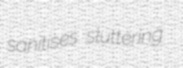
sanitises sluttering